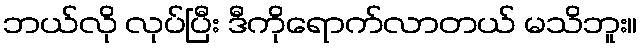
ဘယ်လို လုပ်ပြီး ဒီကိုရောက်လာတယ် မသိဘူး။